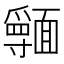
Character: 𩉃